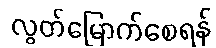
လွတ်မြောက်စေရန်